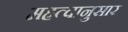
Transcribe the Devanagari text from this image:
महत्वानुसार